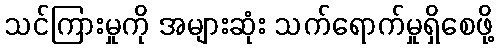
သင်ကြားမှုကို အများဆုံး သက်ရောက်မှုရှိစေဖို့